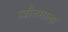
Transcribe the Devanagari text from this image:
स्त्रौतमाला